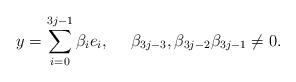
LaTeX: \begin{align*} y= \sum_{i=0}^{3j-1}\beta_{i}e_{i},\quad~\beta_{3j-3},\beta_{3j-2} \beta_{3j-1}\neq 0. \end{align*}